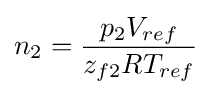
n_{2}={\frac {p_{2}V_{ref}}{z_{f2}RT_{ref}}}